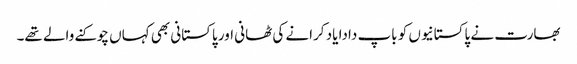
بھارت نے پاکستانیوں کو باپ دادا یاد کرانے کی ٹھانی اور پاکستانی بھی کہاں چوکنے والے تھے۔